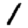
Digit: 1